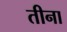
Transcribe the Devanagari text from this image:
तीना